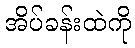
အိပ်ခန်းထဲကို